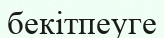
бекітпеуге